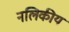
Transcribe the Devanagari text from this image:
नलिकीय